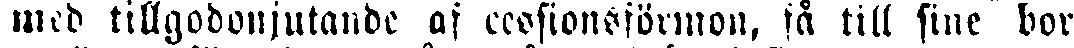
med tillgodonjutande af cessionsförmon, få till sine bor